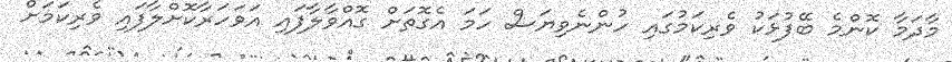
މާދަމާ ކޮންމެ ބޭފުޅަކު ވެރިކަމުގައި ހުންނެވިޔަސް ހަމަ އެގޮތަށް ގޮއްވާލާފައި އަވަހަރާކޮށްލާފައި ވެރިކަމަށް